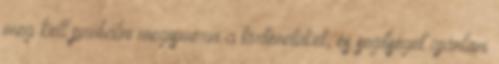
meg kell próbálni megismerni a történetüket, és segítséget ajánlani